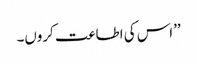
’’اس کی اطاعت کروں۔